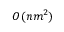
O ( n m ^ { 2 } )